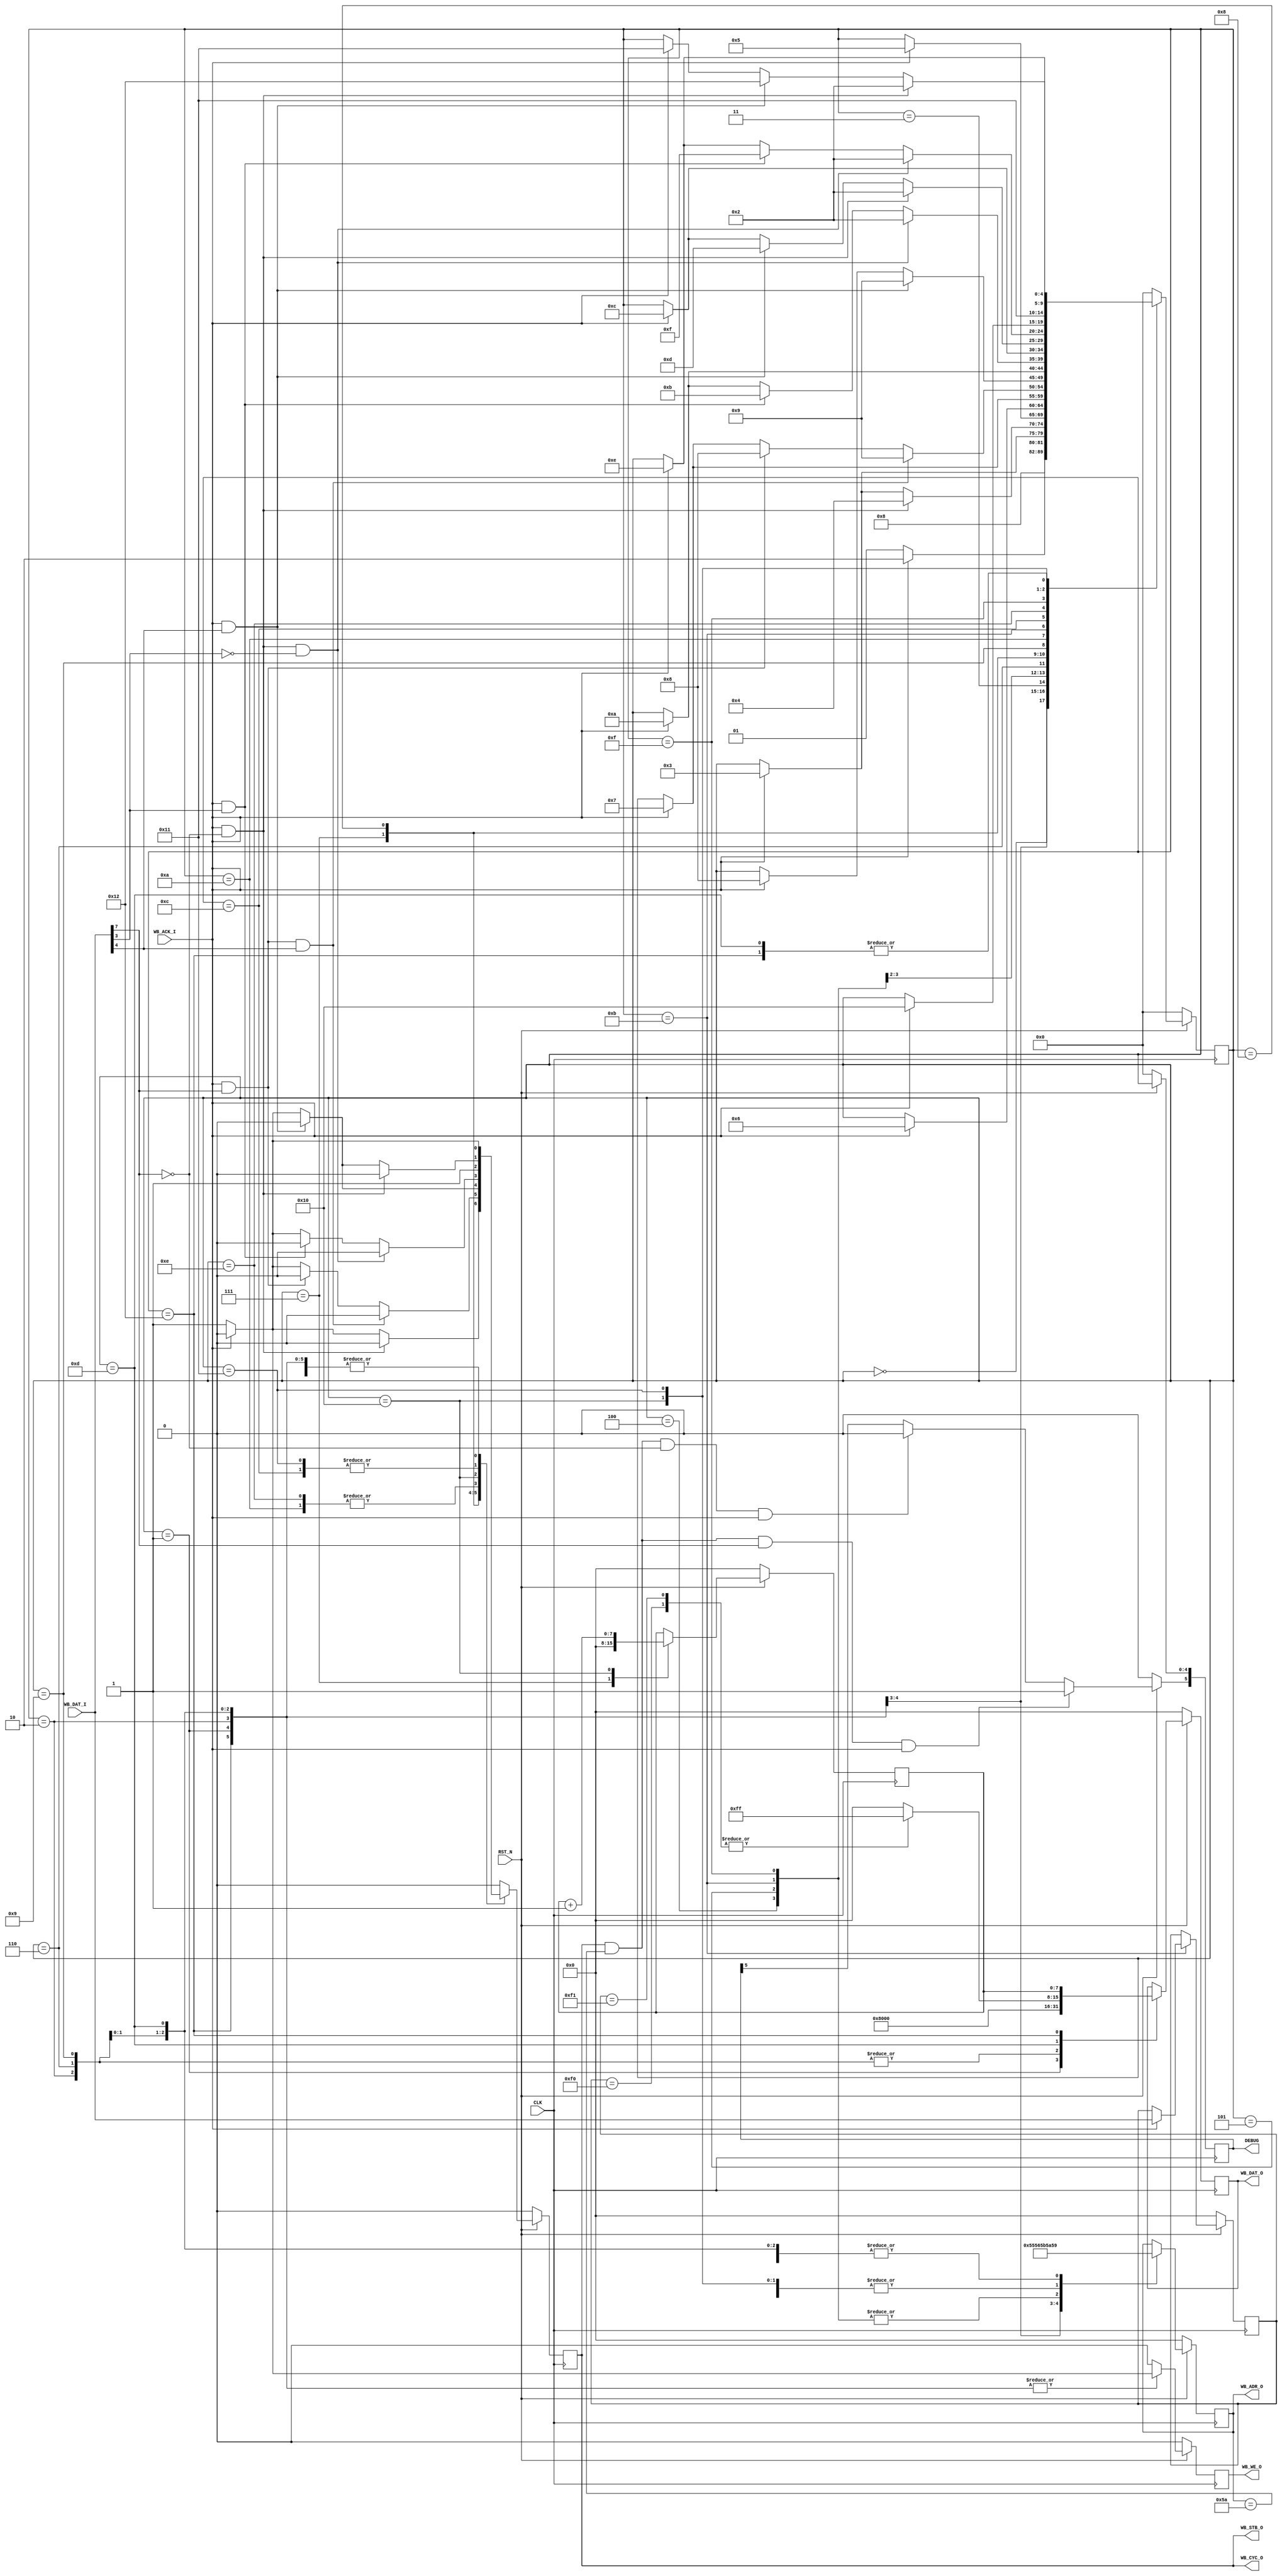
//*****************************************************************************
//
// Copyright (c) 2019 LucAce
//
// Permission is hereby granted, free of charge, to any person obtaining a
// copy of this software and associated documentation files (the "Software"),
// to deal in the Software without restriction, including without limitation
// the rights to use, copy, modify, merge, publish, distribute, sublicense,
// and/or sell copies of the Software, and to permit persons to whom the
// Software is furnished to do so, subject to the following conditions:
//
// The above copyright notice and this permission notice shall be included in
// all copies or substantial portions of the Software.
//
// THE SOFTWARE IS PROVIDED "AS IS", WITHOUT WARRANTY OF ANY KIND, EXPRESS OR
// IMPLIED, INCLUDING BUT NOT LIMITED TO THE WARRANTIES OF MERCHANTABILITY,
// FITNESS FOR A PARTICULAR PURPOSE AND NONINFRINGEMENT. IN NO EVENT SHALL THE
// AUTHORS OR COPYRIGHT HOLDERS BE LIABLE FOR ANY CLAIM, DAMAGES OR OTHER
// LIABILITY, WHETHER IN AN ACTION OF CONTRACT, TORT OR OTHERWISE, ARISING
// FROM, OUT OF OR IN CONNECTION WITH THE SOFTWARE OR THE USE OR OTHER
// DEALINGS IN THE SOFTWARE.
//
//*****************************************************************************
//
// Title: Main Controller
//
// Functional Description:
//
//   Device Wishbone Controller
//
// Notes:
//
//   - Writing to registers SPICR1 or SPICR2 will cause the SPI core to reset.
//     See note in table Table 18. SPI Control 1, or Table 19. SPI Control 2
//   - The Internal Wishbone Clock frequency of the EFB-SPI slave must be
//     atleast twice than the External SPI Master's clock frequency.
//
//*****************************************************************************

`timescale 1ns/100ps

module ctrl #(
    parameter           PROTOCOL = 8'hFF,   // Protocol Version
    parameter           REVISION = 8'hFF    // Device Revision
) (
    input  wire         CLK,                // Clock
    input  wire         RST_N,              // Reset (Active Low)

    output wire         WB_CYC_O,           // Wishbone Bus Cycle
    output wire         WB_STB_O,           // Wishbone Strobe
    output reg          WB_WE_O,            // Wishbone Write Enable
    output reg  [7:0]   WB_ADR_O,           // Wishbone Address
    output reg  [7:0]   WB_DAT_O,           // Wishbone Data Out
    input  wire [7:0]   WB_DAT_I,           // Wishbone Data In
    input  wire         WB_ACK_I,           // Wishbone Acknowledge

    output reg  [5:0]   DEBUG               // Debug Output Signals

);

    //*************************************************************************
    // Signal Definition
    //*************************************************************************

    // Wishbone Request Types
    `define REQ_READ                 1'b0
    `define REQ_WRITE                1'b1

    // SPI EFB Register Addresses
    `define SPICR0                   8'h54
    `define SPICR1                   8'h55
    `define SPICR2                   8'h56
    `define SPIBR                    8'h57
    `define SPICSR                   8'h58
    `define SPITXDR                  8'h59
    `define SPISR                    8'h5A
    `define SPIRXDR                  8'h5B
    `define SPIIRQ                   8'h5C
    `define SPIIRQEN                 8'h5D

    // SPI EFB Register Configuration Values
    `define SPICR1_CFG               8'h80
    `define SPICR2_CFG               8'h00
    `define SPITXDR_CFG              8'h00
    `define SPIIRQEN_CFG             8'h00

    // SPI Commands
    `define SPI_CMD_PROTOCOL         8'hF0
    `define SPI_CMD_REVISION         8'hF1

    // State Machine States
    `define S_INIT                   5'h00
    `define S_SPICR1                 5'h01
    `define S_SPICR2                 5'h02
    `define S_WAIT_FOR_TIPN          5'h03
    `define S_RXDR_DISCARD1          5'h04
    `define S_RXDR_DISCARD2          5'h05
    `define S_T1_TXDR                5'h06
    `define S_WAIT_FOR_TIP           5'h07
    `define S_T2_TRDY                5'h08
    `define S_T2_TXDR                5'h09
    `define S_R1_RRDY                5'h0A
    `define S_R1_RXDR                5'h0B
    `define S_T3_TRDY                5'h0C
    `define S_T3_TXDR                5'h0D
    `define S_RN_RRDY                5'h0E
    `define S_RN_RXDR                5'h0F
    `define S_RN_PROCESS             5'h10
    `define S_TN_TRDY                5'h11
    `define S_TN_TXDR                5'h12

    // Wishbone Cycle
    reg       wb_cyc;

    // State machine states
    reg [4:0] sm_state;

    // State machine SPI attributes
    reg [7:0] sm_spi_cmd;
    reg [7:0] sm_spi_count;

    // Immediate wishbone assignments
    // Article ID 2416 and some documentation states
    // a delay is required to avoid a race condition
    // in the simulation model
    assign #1.000 WB_STB_O = wb_cyc;
    assign #1.000 WB_CYC_O = wb_cyc;

    // Controller state machine
    always @(posedge CLK) begin
        if (RST_N == 1'b0) begin
            sm_state        <= `S_INIT;

            // Wishbone output reset values
            wb_cyc          <= 1'b0;
            WB_WE_O         <= 1'b0;
            WB_ADR_O        <= 8'h00;
            WB_DAT_O        <= 8'h00;

            // SPI Attributes reset values
            sm_spi_cmd      <= 8'h00;
            sm_spi_count    <= 8'h00;

            // Debug output reset values
            DEBUG           <= 6'h00;
        end
        else begin
            // Default signals values
            wb_cyc          <= 1'b0;
            WB_WE_O         <= `REQ_READ;

            // Set when the SPISR TIP is set
            if      ( (wb_cyc      == 1'b1) && (WB_ADR_O == `SPISR) &&
                      (WB_DAT_I[7] == 1'b1) && (WB_ACK_I == 1'b1) )
                DEBUG[5] <= 1'b1;
            // Negate when SPISR TIPN is set
            else if ( (wb_cyc      == 1'b1) && (WB_ADR_O == `SPISR) &&
                      (WB_DAT_I[7] == 1'b0) && (WB_ACK_I == 1'b1) )
                DEBUG[5] <= 1'b0;

            // Output state of FSM
            DEBUG[4:0] <= sm_state;


            //*************************************************************
            // State Machine
            //*************************************************************
            case (sm_state)

                //*************************************************************
                // State: S_INIT
                // Initialization state
                //*************************************************************
                `S_INIT: begin
                    sm_state <= `S_SPICR1;
                end

                //*************************************************************
                // State: S_SPICR1
                // Enable EFB SPI Interface
                //*************************************************************
                `S_SPICR1: begin
                    wb_cyc   <= 1'b1;
                    WB_ADR_O <= `SPICR1;
                    WB_DAT_O <= `SPICR1_CFG;
                    WB_WE_O  <= `REQ_WRITE;
                    sm_state <= `S_SPICR1;

                    if (WB_ACK_I == 1'b1) begin
                        wb_cyc   <= 1'b0;
                        WB_WE_O  <= `REQ_READ;
                        sm_state <= `S_SPICR2;
                    end
                end

                //*************************************************************
                // State: S_SPICR2
                // Enable EFB SPI as a Slave
                //*************************************************************
                `S_SPICR2: begin
                    wb_cyc   <= 1'b1;
                    WB_ADR_O <= `SPICR2;
                    WB_DAT_O <= `SPICR2_CFG;
                    WB_WE_O  <= `REQ_WRITE;

                    if (WB_ACK_I == 1'b1) begin
                        wb_cyc   <= 1'b0;
                        WB_WE_O  <= `REQ_READ;
                        sm_state <= `S_WAIT_FOR_TIPN;
                    end
                end

                //*************************************************************
                // State: S_WAIT_FOR_TIPN
                // Wait for Not TIP
                //*************************************************************
                `S_WAIT_FOR_TIPN: begin
                    wb_cyc   <= 1'b1;
                    WB_ADR_O <= `SPISR;
                    WB_WE_O  <= `REQ_READ;

                    if ( (WB_ACK_I    == 1'b1) &&
                         (WB_DAT_I[7] == 1'b0) ) begin
                        wb_cyc   <= 1'b0;
                        WB_WE_O  <= `REQ_READ;
                        sm_state <= `S_RXDR_DISCARD1;
                    end
                    else if (WB_ACK_I == 1'b1)  begin
                        wb_cyc   <= 1'b0;
                        WB_WE_O  <= `REQ_READ;
                        sm_state <= `S_WAIT_FOR_TIPN;
                    end
                end

                //*************************************************************
                // State: S_RXDR_DISCARD1
                // Discard data from RXDR
                //
                // discard <= RXDR
                //*************************************************************
                `S_RXDR_DISCARD1: begin
                    wb_cyc   <= 1'b1;
                    WB_ADR_O <= `SPIRXDR;
                    WB_WE_O  <= `REQ_READ;

                    if (WB_ACK_I == 1'b1) begin
                        wb_cyc   <= 1'b0;
                        WB_WE_O  <= `REQ_READ;
                        sm_state <= `S_RXDR_DISCARD2;
                    end
                end

                //*************************************************************
                // State: S_RXDR_DISCARD2
                // Discard data from RXDR
                //
                // discard <= RXDR
                //*************************************************************
                `S_RXDR_DISCARD2: begin
                    wb_cyc   <= 1'b1;
                    WB_ADR_O <= `SPIRXDR;
                    WB_WE_O  <= `REQ_READ;

                    if (WB_ACK_I == 1'b1) begin
                        wb_cyc   <= 1'b0;
                        WB_WE_O  <= `REQ_READ;
                        sm_state <= `S_T1_TXDR;
                    end
                end

                //*************************************************************
                // State: S_T1_TXDR
                // Load T1 Data into TXDR
                //
                // TXDR <= T1 data
                //*************************************************************
                `S_T1_TXDR: begin
                    wb_cyc   <= 1'b1;
                    WB_ADR_O <= `SPITXDR;
                    WB_DAT_O <= 8'h00;
                    WB_WE_O  <= `REQ_WRITE;

                    if (WB_ACK_I == 1'b1) begin
                        wb_cyc   <= 1'b0;
                        WB_WE_O  <= `REQ_READ;
                        sm_state <= `S_WAIT_FOR_TIP;
                    end
                end

                //*************************************************************
                // State: S_WAIT_FOR_TIP
                // Wait for TIP
                //*************************************************************
                `S_WAIT_FOR_TIP: begin
                    sm_spi_count <= 8'h00;

                    wb_cyc   <= 1'b1;
                    WB_ADR_O <= `SPISR;
                    WB_WE_O  <= `REQ_READ;

                    // Ready for TX byte
                    if ( (WB_ACK_I    == 1'b1) &&
                         (WB_DAT_I[7] == 1'b1) &&
                         (WB_DAT_I[4] == 1'b1) ) begin
                        wb_cyc   <= 1'b0;
                        WB_WE_O  <= `REQ_READ;
                        sm_state <= `S_T2_TXDR;
                    end
                    // Wait for TRDY
                    else if ( (WB_ACK_I    == 1'b1) &&
                              (WB_DAT_I[7] == 1'b1) ) begin
                        wb_cyc   <= 1'b0;
                        WB_WE_O  <= `REQ_READ;
                        sm_state <= `S_T2_TRDY;
                    end
                    // Make new Wishbone request
                    else if (WB_ACK_I == 1'b1) begin
                        wb_cyc   <= 1'b0;
                        WB_WE_O  <= `REQ_READ;
                        sm_state <= `S_WAIT_FOR_TIP;
                    end
                end

                //*************************************************************
                // State: S_T2_TRDY
                // Wait for TRDY
                //*************************************************************
                `S_T2_TRDY: begin
                    wb_cyc   <= 1'b1;
                    WB_ADR_O <= `SPISR;
                    WB_WE_O  <= `REQ_READ;

                    if ( (WB_ACK_I    == 1'b1) &&
                         (WB_DAT_I[4] == 1'b1) ) begin
                        wb_cyc   <= 1'b0;
                        WB_WE_O  <= `REQ_READ;
                        sm_state <= `S_T2_TXDR;
                    end
                    else if (WB_ACK_I == 1'b1) begin
                        wb_cyc   <= 1'b0;
                        WB_WE_O  <= `REQ_READ;
                        sm_state <= `S_T2_TRDY;
                    end
                end

                //*************************************************************
                // State: S_T2_TXDR
                // Load T2 Data into TXDR
                //
                // TXDR <= T2 data
                //*************************************************************
                `S_T2_TXDR: begin
                    wb_cyc   <= 1'b1;
                    WB_ADR_O <= `SPITXDR;
                    WB_DAT_O <= 8'h00;
                    WB_WE_O  <= `REQ_WRITE;

                    if (WB_ACK_I == 1'b1) begin
                        wb_cyc   <= 1'b0;
                        WB_WE_O  <= `REQ_READ;
                        sm_state <= `S_R1_RRDY;
                    end
                end

                //*************************************************************
                // State: S_R1_RRDY
                // Wait for RRDY following T2
                //*************************************************************
                `S_R1_RRDY: begin
                    wb_cyc   <= 1'b1;
                    WB_ADR_O <= `SPISR;
                    WB_WE_O  <= `REQ_READ;

                    // SPI operation complete and no pending RX data
                    if ( (WB_ACK_I    == 1'b1) &&
                         (WB_DAT_I[7] == 1'b0) &&
                         (WB_DAT_I[3] == 1'b0) ) begin
                        wb_cyc   <= 1'b0;
                        WB_WE_O  <= `REQ_READ;
                        sm_state <= `S_SPICR2;
                    end
                    // Read ready
                    else if ( (WB_ACK_I    == 1'b1) &&
                              (WB_DAT_I[3] == 1'b1) ) begin
                        wb_cyc   <= 1'b0;
                        WB_WE_O  <= `REQ_READ;
                        sm_state <= `S_R1_RXDR;
                    end
                    // Make new Wishbone request
                    else if (WB_ACK_I == 1'b1) begin
                        wb_cyc   <= 1'b0;
                        WB_WE_O  <= `REQ_READ;
                        sm_state <= `S_R1_RRDY;
                    end
                end

                //*************************************************************
                // State: S_R1_RXDR
                // Read R1 Data from RXDR, R1 data is the SPI Command
                //
                // R1 data <= RXDR
                //*************************************************************
                `S_R1_RXDR: begin
                    wb_cyc   <= 1'b1;
                    WB_ADR_O <= `SPIRXDR;
                    WB_WE_O  <= `REQ_READ;

                    if (WB_ACK_I == 1'b1) begin
                        sm_spi_cmd <= WB_DAT_I;

                        wb_cyc     <= 1'b0;
                        WB_WE_O    <= `REQ_READ;
                        sm_state   <= `S_T3_TRDY;
                    end
                end

                //*************************************************************
                // State: S_T3_TRDY
                // Wait for TRDY
                //*************************************************************
                `S_T3_TRDY: begin
                    wb_cyc   <= 1'b1;
                    WB_ADR_O <= `SPISR;
                    WB_WE_O  <= `REQ_READ;

                    // SPI operation complete
                    if ( (WB_ACK_I    == 1'b1) &&
                         (WB_DAT_I[7] == 1'b0) ) begin
                        wb_cyc   <= 1'b0;
                        WB_WE_O  <= `REQ_READ;
                        sm_state <= `S_SPICR2;
                    end
                    // SPI TX ready
                    else if ( (WB_ACK_I    == 1'b1) &&
                              (WB_DAT_I[4] == 1'b1) ) begin
                        wb_cyc   <= 1'b0;
                        WB_WE_O  <= `REQ_READ;
                        sm_state <= `S_T3_TXDR;
                    end
                    // Make new Wishbone request
                    else if (WB_ACK_I == 1'b1) begin
                        wb_cyc   <= 1'b0;
                        WB_WE_O  <= `REQ_READ;
                        sm_state <= `S_T3_TRDY;
                    end
                end

                //*************************************************************
                // State: S_T3_TXDR
                // Load T3 Data into TXDR
                //
                // TXDR <= T3 data
                //*************************************************************
                `S_T3_TXDR: begin
                    wb_cyc   <= 1'b1;
                    WB_ADR_O <= `SPITXDR;
                    WB_WE_O  <= `REQ_WRITE;

                    case (sm_spi_cmd)
                        `SPI_CMD_PROTOCOL: WB_DAT_O <= PROTOCOL;
                        `SPI_CMD_REVISION: WB_DAT_O <= REVISION;
                        default:           WB_DAT_O <= 8'h00;
                    endcase

                    if (WB_ACK_I == 1'b1) begin
                        wb_cyc   <= 1'b0;
                        WB_WE_O  <= `REQ_READ;
                        sm_state <= `S_RN_RRDY;
                    end
                end

                //*************************************************************
                // State: S_RN_RRDY
                // Wait for R2/RN RRDY
                //*************************************************************
                `S_RN_RRDY: begin
                    wb_cyc   <= 1'b1;
                    WB_ADR_O <= `SPISR;
                    WB_WE_O  <= `REQ_READ;

                    // SPI complete and no pending RX data
                    if ( (WB_ACK_I    == 1'b1) &&
                         (WB_DAT_I[7] == 1'b0) &&
                         (WB_DAT_I[3] == 1'b0) ) begin
                        wb_cyc   <= 1'b0;
                        WB_WE_O  <= `REQ_READ;
                        sm_state <= `S_SPICR2;
                    end
                    // RX Ready
                    else if ( (WB_ACK_I    == 1'b1) &&
                              (WB_DAT_I[3] == 1'b1) ) begin
                        wb_cyc   <= 1'b0;
                        WB_WE_O  <= `REQ_READ;
                        sm_state <= `S_RN_RXDR;
                    end
                    // Make new Wishbone request
                    else if (WB_ACK_I == 1'b1) begin
                        wb_cyc   <= 1'b0;
                        WB_WE_O  <= `REQ_READ;
                        sm_state <= `S_RN_RRDY;
                    end
                end

                //*************************************************************
                // State: S_RN_RXDR
                // Read R2/R2+ Data from RXDR
                //
                // R2 data <= RXDR
                //*************************************************************
                `S_RN_RXDR: begin
                    wb_cyc   <= 1'b1;
                    WB_ADR_O <= `SPIRXDR;
                    WB_WE_O  <= `REQ_READ;

                    if (WB_ACK_I == 1'b1) begin
                        wb_cyc   <= 1'b0;
                        WB_WE_O  <= `REQ_READ;
                        sm_state <= `S_RN_PROCESS;
                    end
                end

                //*************************************************************
                // State: S_RN_PROCESS
                // Process the R2/R2+ RX Data word depending on SPI Command
                //*************************************************************
                `S_RN_PROCESS: begin
                    wb_cyc   <= 1'b1;
                    WB_ADR_O <= `SPISR;
                    WB_WE_O  <= `REQ_READ;
                    sm_state <= `S_TN_TRDY;

                    sm_spi_count <= sm_spi_count + 8'h01;
                end

                //*************************************************************
                // State: S_TN_TRDY
                // Wait for T2/TN TRDY
                //*************************************************************
                `S_TN_TRDY: begin
                    wb_cyc   <= 1'b1;
                    WB_ADR_O <= `SPISR;
                    WB_WE_O  <= `REQ_READ;

                    if ( (WB_ACK_I    == 1'b1) &&
                         (WB_DAT_I[7] == 1'b0) ) begin
                        wb_cyc   <= 1'b0;
                        WB_WE_O  <= `REQ_READ;
                        sm_state <= `S_SPICR2;
                    end
                    else if ( (WB_ACK_I    == 1'b1) &&
                              (WB_DAT_I[4] == 1'b1) ) begin
                        wb_cyc   <= 1'b0;
                        WB_WE_O  <= `REQ_READ;
                        sm_state <= `S_TN_TXDR;
                    end
                    // Make new Wishbone request
                    else if (WB_ACK_I == 1'b1) begin
                        wb_cyc   <= 1'b0;
                        WB_WE_O  <= `REQ_READ;
                        sm_state <= `S_TN_TRDY;
                    end
                end

                //*************************************************************
                // State: S_TN_TXDR
                // Load TXDR register with next byte to transmit
                //*************************************************************
                `S_TN_TXDR: begin
                    wb_cyc   <= 1'b1;
                    WB_ADR_O <= `SPITXDR;
                    WB_DAT_O <= sm_spi_count;
                    WB_WE_O  <= `REQ_WRITE;

                    if (WB_ACK_I == 1'b1) begin
                        wb_cyc   <= 1'b0;
                        WB_WE_O  <= `REQ_READ;
                        sm_state <= `S_RN_RRDY;
                    end
                end

                //*************************************************************
                // State: Default
                // All other values of sm_state.
                //*************************************************************
                default: begin
                    sm_state <= `S_INIT;
                end
            endcase
        end
    end

endmodule